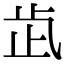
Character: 𣥓